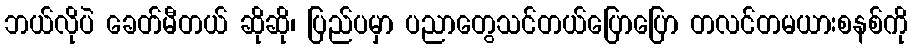
ဘယ်လိုပဲ ခေတ်မီတယ် ဆိုဆို၊ ပြည်ပမှာ ပညာတွေသင်တယ်ပြောပြော တလင်တမယားစနစ်ကို